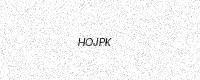
Text: HOJPK